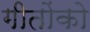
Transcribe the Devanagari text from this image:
गीतोंको